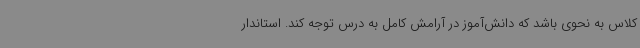
کلاس به نحوی باشد که دانش‌آموز در آرامش کامل به درس توجه کند. استاندار